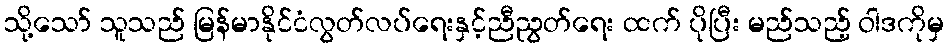
သို့သော် သူသည် မြန်မာနိုင်ငံလွတ်လပ်ရေးနှင့်ညီညွတ်ရေး ထက် ပိုပြီး မည်သည့် ဝါဒကိုမှ